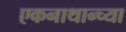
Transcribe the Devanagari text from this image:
एकनाथान्च्या